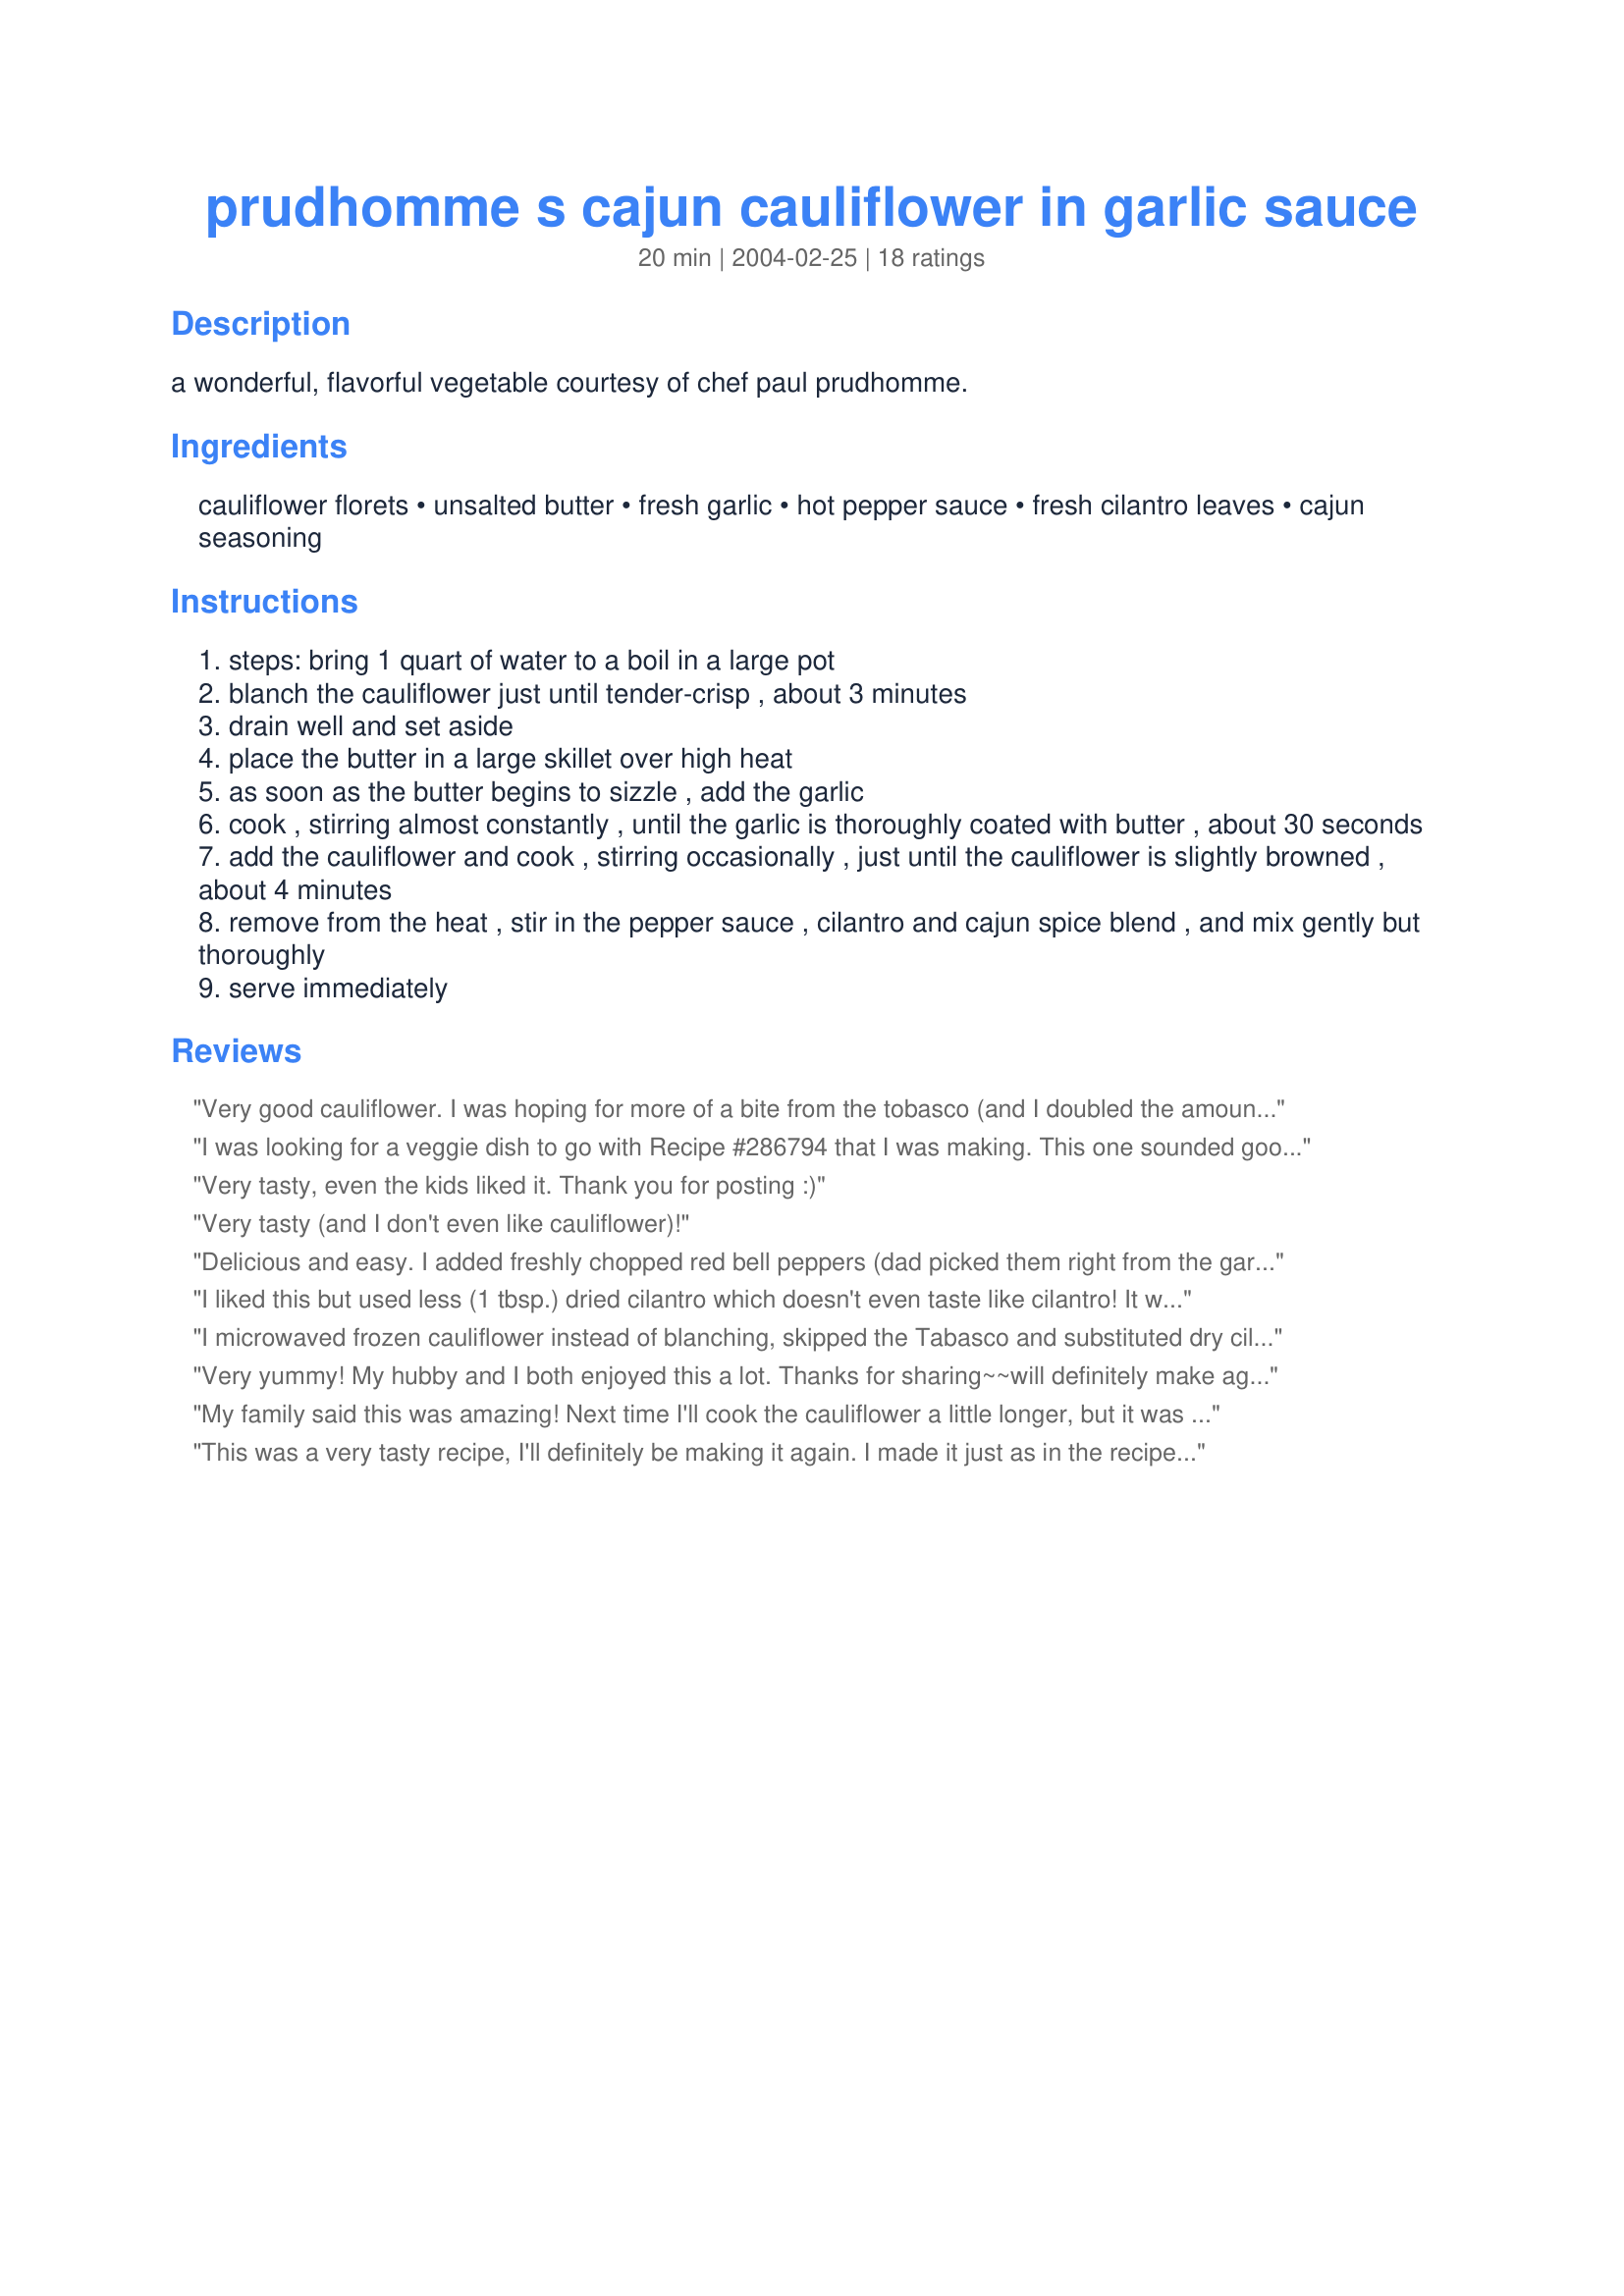
prudhomme s cajun cauliflower in garlic sauce
Preparation time: 20 minutes

a wonderful, flavorful vegetable courtesy of chef paul prudhomme.

Ingredients:
cauliflower florets, unsalted butter, fresh garlic, hot pepper sauce, fresh cilantro leaves, cajun seasoning

Steps:
steps: bring 1 quart of water to a boil in a large pot
blanch the cauliflower just until tender-crisp , about 3 minutes
drain well and set aside
place the butter in a large skillet over high heat
as soon as the butter begins to sizzle , add the garlic
cook , stirring almost constantly , until the garlic is thoroughly coated with butter , about 30 seconds
add the cauliflower and cook , stirring occasionally , just until the cauliflower is slightly browned , about 4 minutes
remove from the heat , stir in the pepper sauce , cilantro and cajun spice blend , and mix gently but thoroughly
serve immediately

Reviews:
Very good cauliflower. I was hoping for more of a bite from the tobasco (and I doubled the amount stated!) but didn't taste much of it in this dish. It was nicely flavored and my kids even ate some. Will make this one again. Thank you!
I was looking for a veggie dish to go with Recipe #286794 that I was making. This one sounded good, so I made it. Great dish Molly! I don't care for cilantro, so I left it out, but otherwise made as the recipe states. I used Tony Chachere's seasoning for the Cajun Seasoning, as we think it's the best. Great dish and one I will be making again!
Very tasty, even the kids liked it. Thank you for posting :)
Very tasty (and I don't even like cauliflower)!
Delicious and easy. I added freshly chopped red bell peppers (dad picked them right from the garden) and also added some chopped onion. The bright red color of the peppers made a nice contrast to the dish.
I liked this but used less (1 tbsp.) dried cilantro which doesn't even taste like cilantro! It was good but I have a feeling that the fresh cilantro would really make it great. I also added some salt because my cajun seasoning is salt-free. Thanks for posting.
I microwaved frozen cauliflower instead of blanching, skipped the Tabasco and substituted dry cilantro based on what we had in the house. Threw all spices in with the cauliflower to spread around in buttery skillet. It was quick and yummy, with a nice little burn. I can't wait until I can try it with fresh cilantro!
Very yummy! My hubby and I both enjoyed this a lot. Thanks for sharing~~will definitely make again! :O)
My family said this was amazing! Next time I'll cook the cauliflower a little longer, but it was good and easy.
This was a very tasty recipe, I'll definitely be making it again. I made it just as in the recipe except I unfortunately didn't have any cilantro. Both my husband and I still greatly enjoyed it.
Really nice, spicy cauliflower dish. We made it to compliment a cajun chicken recipe. We used all ingredients as listed (I thought the cilantro was an essential component) and the only modification to the instructions was to add the hot sauce at the same time as the butter for even distribution as Hey Jude suggested. I'd definitely make this recipe again. Thanks for posting.
Excellent cauliflower that even my husband (doesn't like caul.)enjoyed!! I didn't use the cilantro sinced I didn't have any. I can't wait to try this out on our kids. Thanks Molly!

Roxygirl
I love cauliflower but my family is a little resistant. This recipe was excellent and one that my family, much to their surprise, enjoyed. I used Tony Chachere's cajun seasoning (my favorite. Loved the yummy spicy buttery flavor. I also think adding some hot sauce to the melted butter would be a good idea. Thanks for sharing this recipe.
Excellent! Just the right amount of spice!
This was really good. My DH is not a fan of cauliflower, but he liked this. He loves Tobasco and I dislike it and this recipe had the perfect amount for both of us. This was great! I will definitely be making this again. Thank you.
I found this recipe while searching for something southern for my son's Louisiana school regional food feast. We're not from this area, so I needed a little help in the idea category. My son's teacher told the class no one, so far, is bringing a vegetable dish. My son told me he hasn't come across anything cajun that he has liked so far. Well, although I didn't have fresh cilantro, I had some fresh cauliflower and all the other ingredients, so I decided to try a halved amount of everything. It is a very easy recipe, especially since I cooked the cauliflower in the microwave instead before it was added to the butter and garlic in the skillet, which I should add that my son of 11 had prepared. He added the cauliflower and pretty much completed the rest. And... he tried it and liked it! We made this yesterday, and today he requested some more for dinner! He did the same thing as yesterday and ate even more today... amazing, since he doesn't eat many vegetables. Thanks for the recipe!
This is delicious cauliflower! I made it as written, using some Emeril's Essence in place of the cajun seasoning. The next time I make this, I'm going to add the hot pepper sauce to the butter mixture before adding the cauliflower. I think that would more evenly distribute the tasty peppery sauce. Great recipe Molly, thanks for posting!
What a wonderful way to enjoy cauliflower. I made no changes and did use the cajun seasoning by Dancer as recommended in the recipe. This is incredibly easy to make and seasoned to perfection. I adored the addition of the cilantro. Thanks, Molly. This is going to be repeat at our house.
